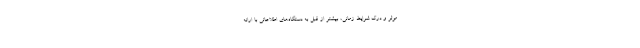
موثر و درک شرایط زمانی، بیشتر از قبل به دستگاه‌های اطلاعاتی با ارائه